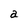
Character: a